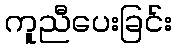
ကူညီပေးခြင်း